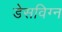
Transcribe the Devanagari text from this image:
डेसविग्न